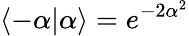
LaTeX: \langle-\alpha\vert\alpha\rangle=e^{-2\alpha^{2}}